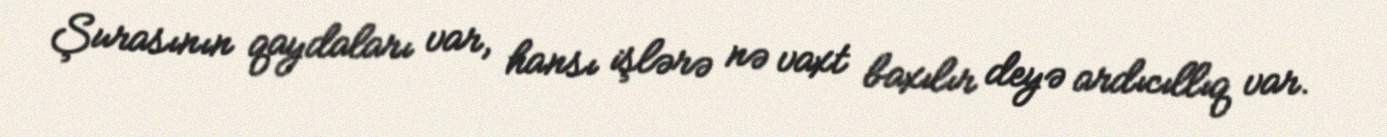
Şurasının qaydaları var, hansı işlərə nə vaxt baxılır deyə ardıcıllıq var.